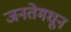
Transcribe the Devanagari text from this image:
जनतेमधून